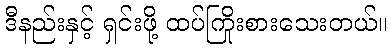
ဒီနည်းနှင့် ရှင်းဖို့ ထပ်ကြိုးစားသေးတယ်။